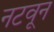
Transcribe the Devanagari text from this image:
नटवून